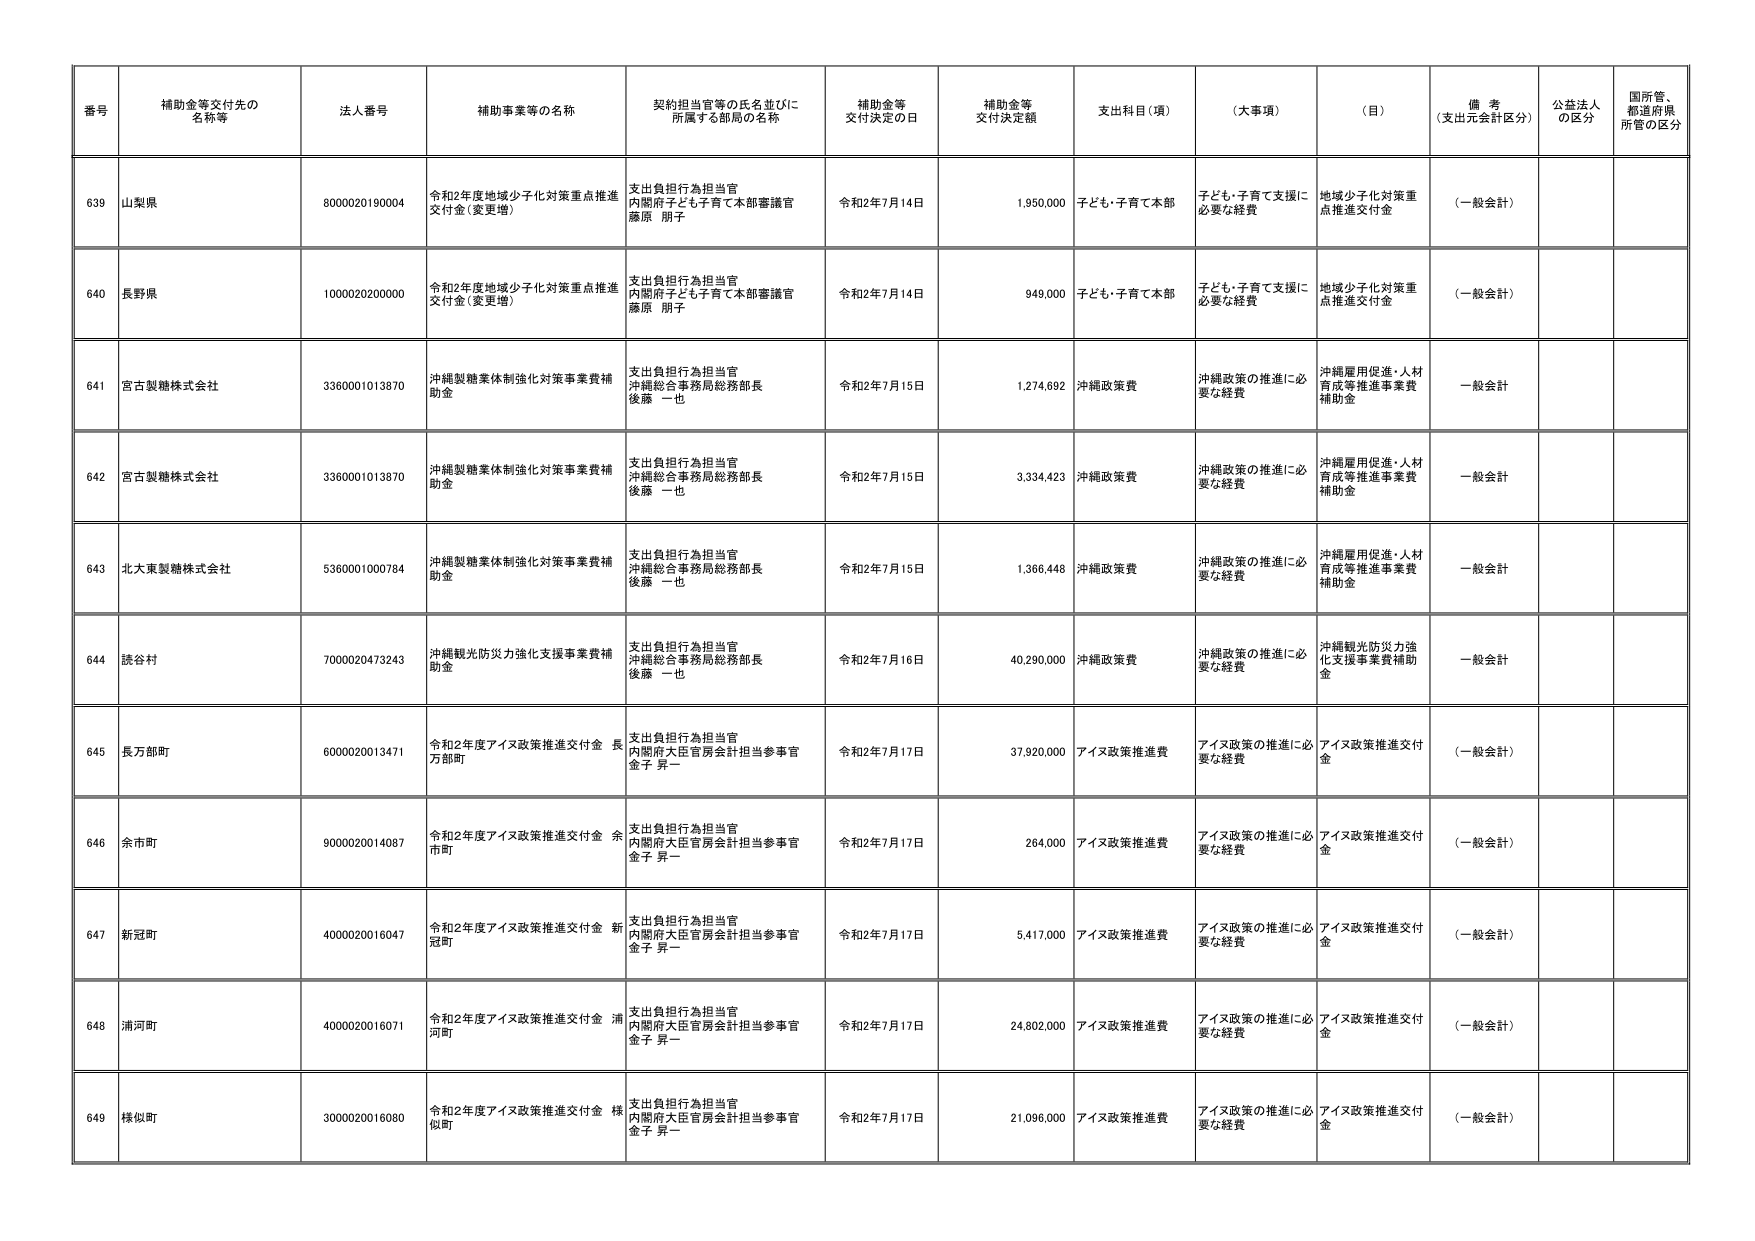
番号 補助金等交付先の名称等 法人番号 補助事業等の名称 契約担当官等の氏名並びに所属する部局の名称 補助金等交付決定の日 補助金等交付決定額 支出科目（項） （大事項） （目） 備考（支出元会計区分） 公益法人の区分 国所管、都道府県所管の区分

639 山梨県 8000020190004 令和2年度地域少子化対策重点推進交付金（変更増） 支出負担行為担当官 内閣府子ども子育て本部審議官 藤原 朋子 令和2年7月14日 1,950,000 子ども・子育て本部 子ども・子育て支援に必要な経費 地域少子化対策重点推進交付金 （一般会計）

640 長野県 1000020200000 令和2年度地域少子化対策重点推進交付金（変更増） 支出負担行為担当官 内閣府子ども子育て本部審議官 藤原 朋子 令和2年7月14日 949,000 子ども・子育て本部 子ども・子育て支援に必要な経費 地域少子化対策重点推進交付金 （一般会計）

641 宮古製糖株式会社 3360001013870 沖縄製糖業体制強化対策事業費補助金 支出負担行為担当官 沖縄総合事務局総務部長 後藤 一也 令和2年7月15日 1,274,692 沖縄政策費 沖縄政策の推進に必要な経費 沖縄雇用促進・人材育成等推進事業費補助金 一般会計

642 宮古製糖株式会社 3360001013870 沖縄製糖業体制強化対策事業費補助金 支出負担行為担当官 沖縄総合事務局総務部長 後藤 一也 令和2年7月15日 3,334,423 沖縄政策費 沖縄政策の推進に必要な経費 沖縄雇用促進・人材育成等推進事業費補助金 一般会計

643 北大東製糖株式会社 5360001000784 沖縄製糖業体制強化対策事業費補助金 支出負担行為担当官 沖縄総合事務局総務部長 後藤 一也 令和2年7月15日 1,366,448 沖縄政策費 沖縄政策の推進に必要な経費 沖縄雇用促進・人材育成等推進事業費補助金 一般会計

644 読谷村 7000020473243 沖縄観光防災力強化支援事業費補助金 支出負担行為担当官 沖縄総合事務局総務部長 後藤 一也 令和2年7月16日 40,290,000 沖縄政策費 沖縄政策の推進に必要な経費 沖縄観光防災力強化支援事業費補助金 一般会計

645 長万部町 6000020013471 令和2年度アイヌ政策推進交付金 長万部町 支出負担行為担当官 内閣府大臣官房会計担当参事官 金子 昇一 令和2年7月17日 37,920,000 アイヌ政策推進費 アイヌ政策の推進に必要な経費 アイヌ政策推進交付金 （一般会計）

646 余市町 9000020014087 令和2年度アイヌ政策推進交付金 余市町 支出負担行為担当官 内閣府大臣官房会計担当参事官 金子 昇一 令和2年7月17日 264,000 アイヌ政策推進費 アイヌ政策の推進に必要な経費 アイヌ政策推進交付金 （一般会計）

647 新冠町 4000020016047 令和2年度アイヌ政策推進交付金 新冠町 支出負担行為担当官 内閣府大臣官房会計担当参事官 金子 昇一 令和2年7月17日 5,417,000 アイヌ政策推進費 アイヌ政策の推進に必要な経費 アイヌ政策推進交付金 （一般会計）

648 浦河町 4000020016071 令和2年度アイヌ政策推進交付金 浦河町 支出負担行為担当官 内閣府大臣官房会計担当参事官 金子 昇一 令和2年7月17日 24,802,000 アイヌ政策推進費 アイヌ政策の推進に必要な経費 アイヌ政策推進交付金 （一般会計）

649 様似町 3000020016080 令和2年度アイヌ政策推進交付金 様似町 支出負担行為担当官 内閣府大臣官房会計担当参事官 金子 昇一 令和2年7月17日 21,096,000 アイヌ政策推進費 アイヌ政策の推進に必要な経費 アイヌ政策推進交付金 （一般会計）